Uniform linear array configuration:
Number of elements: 48
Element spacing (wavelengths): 0.25
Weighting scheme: exponential
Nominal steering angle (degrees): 0
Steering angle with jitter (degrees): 1.169
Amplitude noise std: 0.05
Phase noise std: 0.05

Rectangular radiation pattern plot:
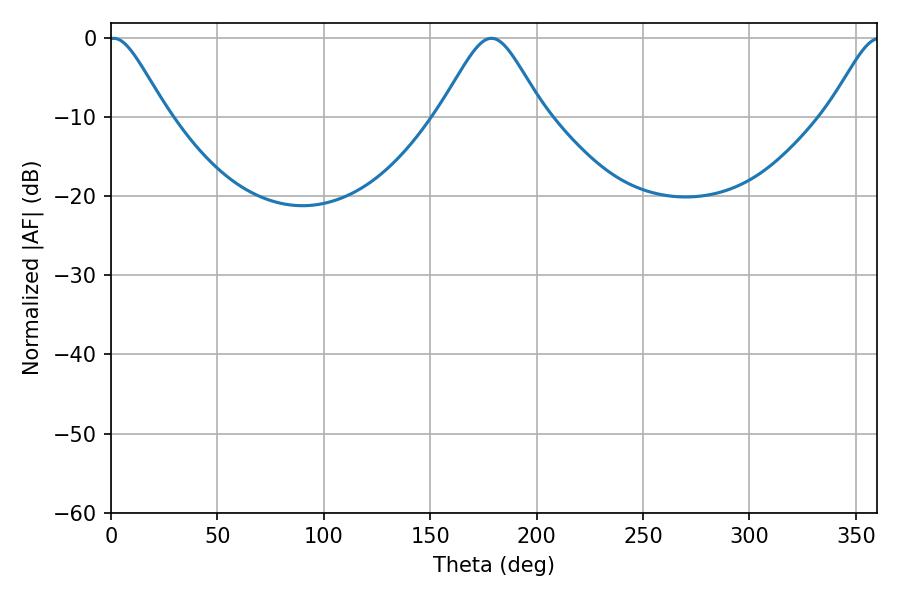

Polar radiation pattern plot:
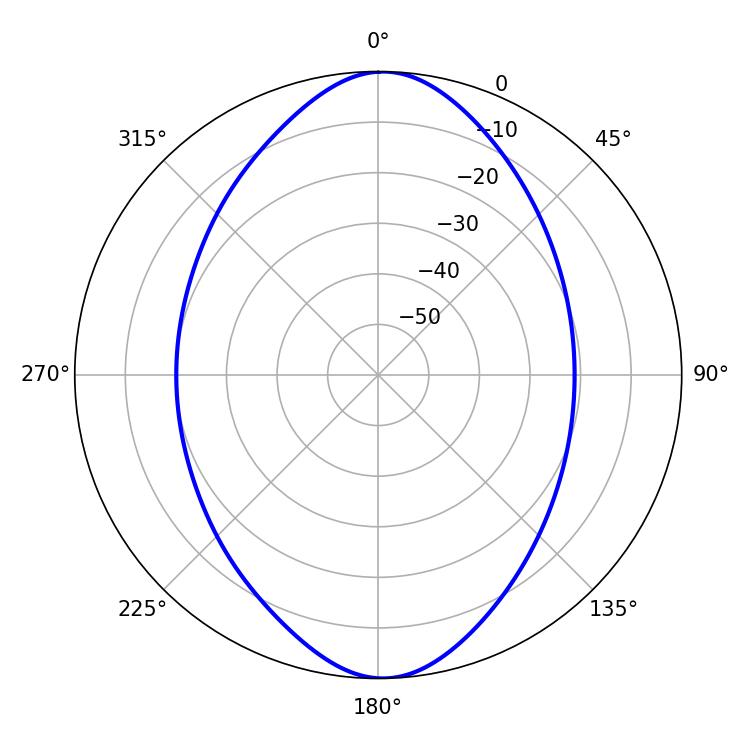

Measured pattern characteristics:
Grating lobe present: FALSE
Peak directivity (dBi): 21.8
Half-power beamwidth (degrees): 13.14
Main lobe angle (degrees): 1.26